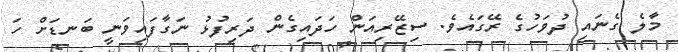
މާލެ ގެނައި ދުވަހުގެ ރޭގައެވެ. ސިޒޭރިއަން ހަދައިގެން ދަރިފުޅު ނަގާފައިވަނީ ބަނޑަށް ހަ